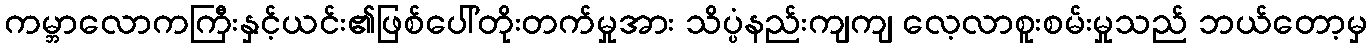
ကမ္ဘာလောကကြီးနှင့်ယင်း၏ဖြစ်ပေါ်တိုးတက်မှုအား သိပ္ပံနည်းကျကျ လေ့လာစူးစမ်းမှုသည် ဘယ်တော့မှ